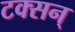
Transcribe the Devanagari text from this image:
टक्सन्